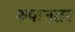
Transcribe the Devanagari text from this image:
रुपानतर